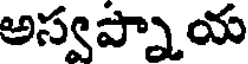
అస్వప్నాయ